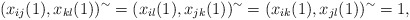
\begin{align*} (x_{ij}(1),x_{kl}(1))^\sim=(x_{il}(1), x_{jk}(1))^\sim=(x_{ik}(1), x_{jl}(1))^\sim=1 ,\end{align*}